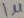
Text: 1µ